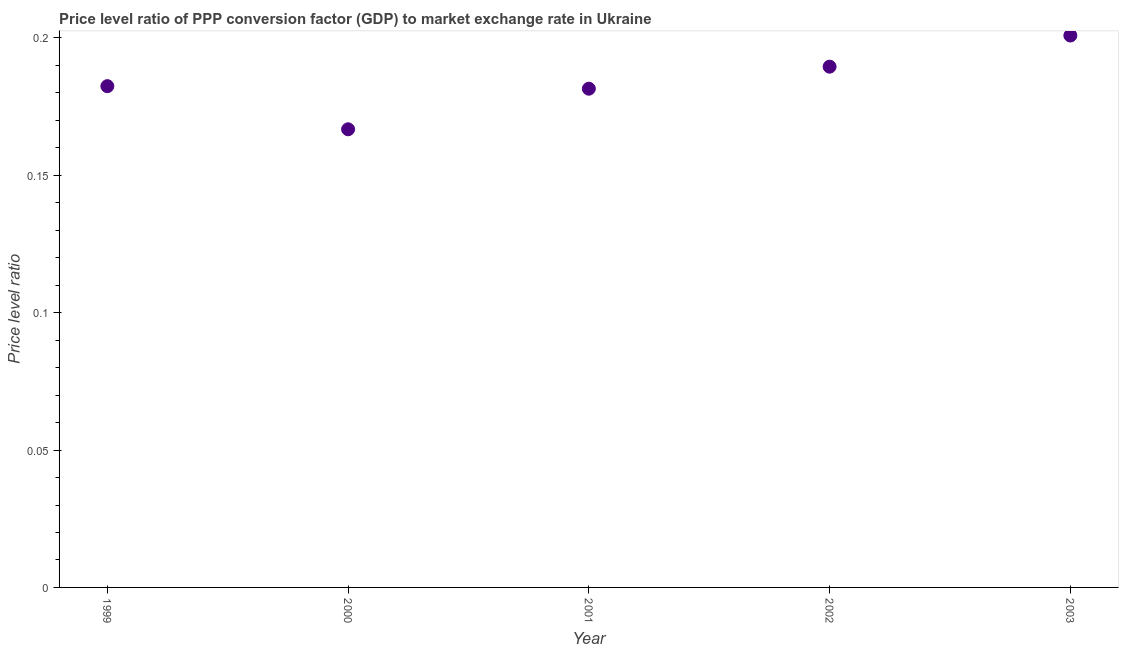
| Year | Price level ratio |
 | --- | --- |
 | 1999 | 0.182 |
 | 2000 | 0.167 |
 | 2001 | 0.182 |
 | 2002 | 0.19 |
 | 2003 | 0.201 |